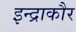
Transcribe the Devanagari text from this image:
इन्द्राकौर